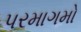
પરમાગમો